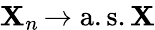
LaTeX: \displaystyle\mathbf{X}_{n}\, {\xrightarrow{}{{\mathrm{{a.s.}}}}}\, \mathbf{X}